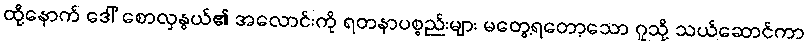
ထို့နောက် ဒေါ် စောလှနွယ်၏ အလောင်းကို ရတနာပစ္စည်းများ မတွေ့ရတော့သော ဂူသို့ သယ်ဆောင်ကာ